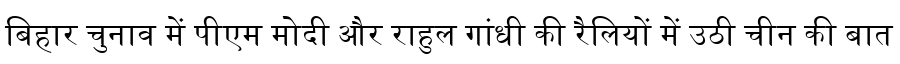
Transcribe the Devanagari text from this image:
बिहार चुनाव में पीएम मोदी और राहुल गांधी की रैलियों में उठी चीन की बात